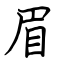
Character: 眉